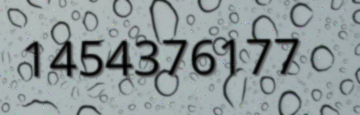
1454376177